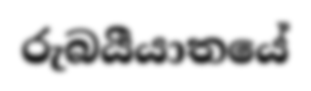
රුබයීයාතයේ